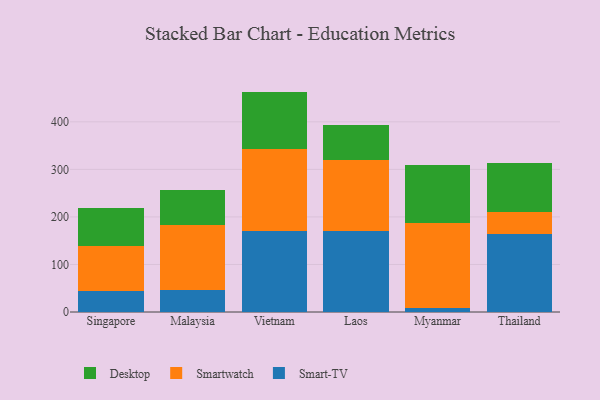
{"axis": {"x": "Country", "y": "LTV (USD)"}, "legend": ["Desktop", "Smart-TV", "Smartwatch"], "data": [{"x": "Singapore", "y": 45.0, "type": "Smart-TV"}, {"x": "Singapore", "y": 93.9, "type": "Smartwatch"}, {"x": "Singapore", "y": 79.9, "type": "Desktop"}, {"x": "Malaysia", "y": 46.7, "type": "Smart-TV"}, {"x": "Malaysia", "y": 135.9, "type": "Smartwatch"}, {"x": "Malaysia", "y": 74.7, "type": "Desktop"}, {"x": "Vietnam", "y": 169.6, "type": "Smart-TV"}, {"x": "Vietnam", "y": 172.4, "type": "Smartwatch"}, {"x": "Vietnam", "y": 121.6, "type": "Desktop"}, {"x": "Laos", "y": 170.6, "type": "Smart-TV"}, {"x": "Laos", "y": 148.7, "type": "Smartwatch"}, {"x": "Laos", "y": 75.1, "type": "Desktop"}, {"x": "Myanmar", "y": 8.0, "type": "Smart-TV"}, {"x": "Myanmar", "y": 179.7, "type": "Smartwatch"}, {"x": "Myanmar", "y": 121.6, "type": "Desktop"}, {"x": "Thailand", "y": 163.3, "type": "Smart-TV"}, {"x": "Thailand", "y": 47.8, "type": "Smartwatch"}, {"x": "Thailand", "y": 102.4, "type": "Desktop"}]}